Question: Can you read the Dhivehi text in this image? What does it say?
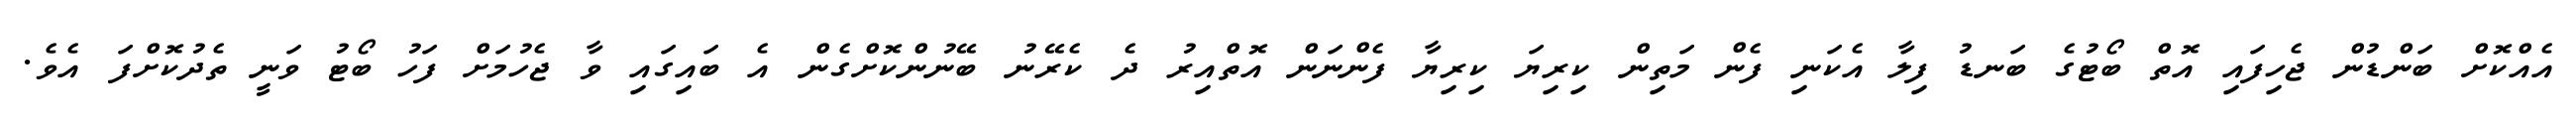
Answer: އެއްކޮށް ބަންޑުން ޖެހިފައި އޮތް ބޯޓުގެ ބަނޑު ފިލާ އެކަނި ފެން މަތިން ކިރިޔަ ކިރިޔާ ފެންނަން އޮތްއިރު ދެ ކެރޭނު ބޭނުންކޮށްގެން އެ ބައިގައި ވާ ޖެހުމަށް ފަހު ބޯޓު ވަނީ ތެދުކޮށްފަ އެވެ.